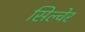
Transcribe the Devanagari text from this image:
सिल्वेर